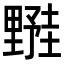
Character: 𬫀